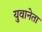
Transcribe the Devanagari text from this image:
युवानेता